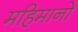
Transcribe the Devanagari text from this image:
महिमानो